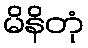
မိနိတုံ